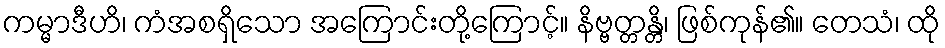
ကမ္မာဒီဟိ၊ ကံအစရှိသော အကြောင်းတို့ကြောင့်။ နိဗ္ဗတ္တန္တိ၊ ဖြစ်ကုန်၏။ တေသံ၊ ထို